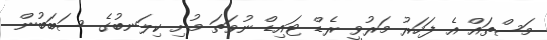
މަސްތައް އެ ފަހަރު މަރުވީ ރެޑް ޓައިޑް ނުވަތަ މުށި ކިލަނބުގެ ސަބަބުން